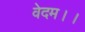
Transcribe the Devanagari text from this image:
वेदम।।